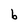
Character: b